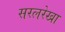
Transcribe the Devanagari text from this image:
सरलरेखा